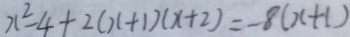
x ^ { 2 } - 4 + 2 ( x + 1 ) ( x + 2 ) = - 8 ( x + 1 )